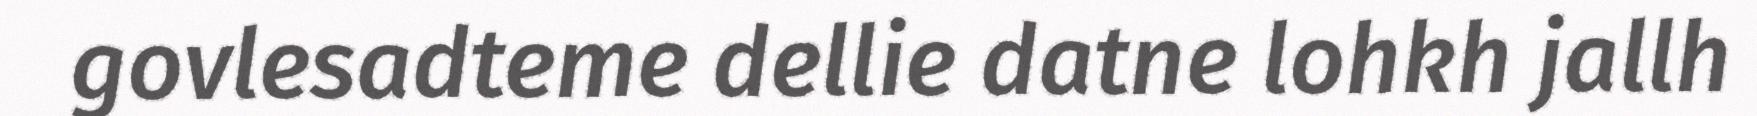
govlesadteme dellie datne lohkh jallh